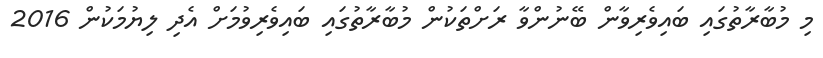
މި މުބާރާތުގައި ބައިވެރިވާން ބޭނުންވާ ރަށްތަކުން މުބާރާތުގައި ބައިވެރިވުމަށް އެދި ލިޔުމަކުން 2016